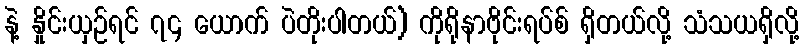
နဲ့ နှိုင်းယှဉ်ရင် ၇၄ ယောက် ပဲတိုးပါတယ်) ကိုရိုနာဗိုင်းရပ်စ် ရှိတယ်လို့ သံသယရှိလို့